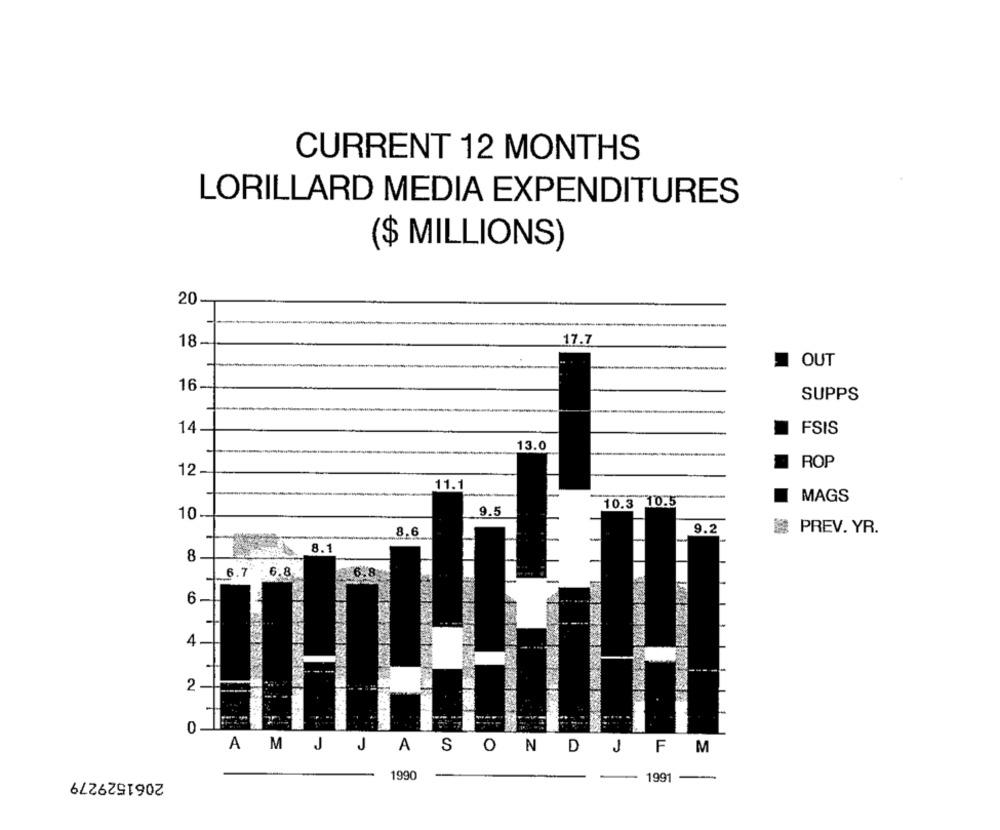
CURRENT 12 MONTHS
LORILLARD MEDIA EXPENDITURES
($ MILLIONS)
20
17.7
18-
OUT
16
SUPPS
14
FSIS
13.0
ROP
12
11.1
MAGS
10.3 10.5
10.
8.6
9.2
@ PREV. YR.
8.1
8
6.7
6.8
6
4
2
0
AM J JASOND
J FM
2061529279
1990
1991 -